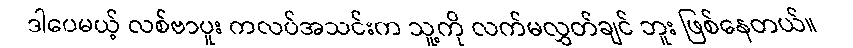
ဒါပေမယ့် လစ်ဗာပူး ကလပ်အသင်းက သူ့ကို လက်မလွှတ်ချင် ဘူး ဖြစ်နေတယ်။